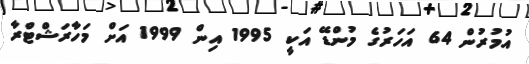
އުމުރުން 64 އަހަރުގެ މުންޑޭ އަކީ 1995 އިން 1999 އަށް މަހާރަޝްޓްރާ